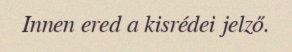
Innen ered a kisrédei jelző.